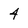
Character: 4